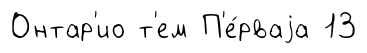
Онтар'ио т'ем П'е́рваjа 13